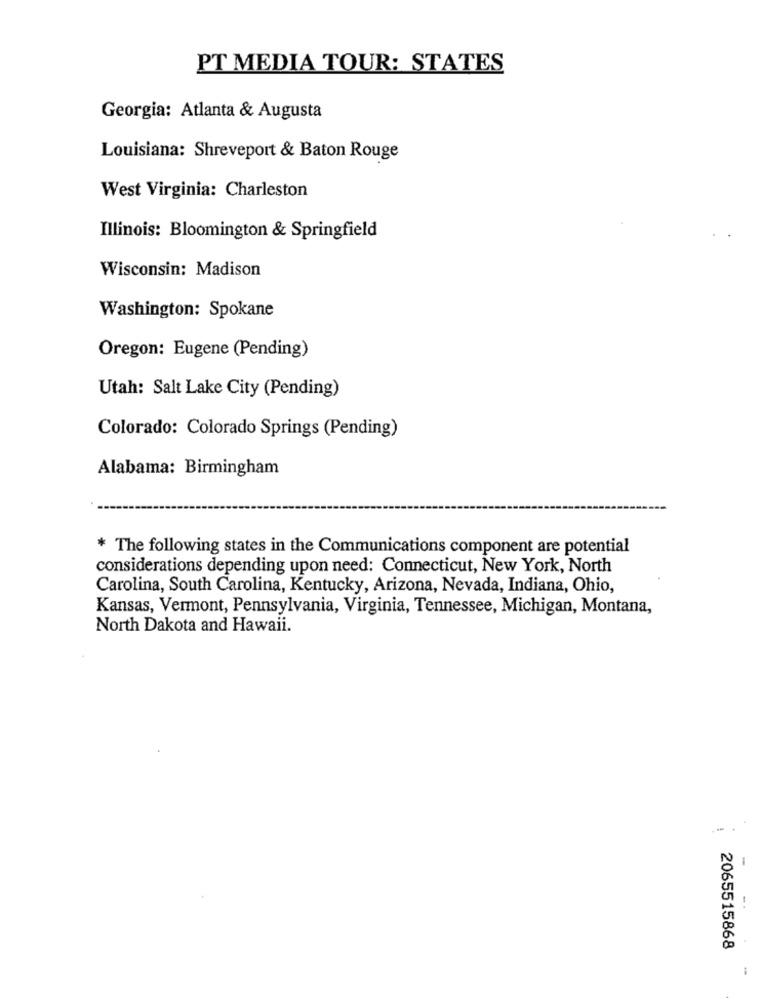
PT MEDIA TOUR: STATES
Georgia: Atlanta & Augusta
Louisiana: Shreveport & Baton Rouge
West Virginia: Charleston
Illinois: Bloomington & Springfield
Wisconsin: Madison
Washington: Spokane
Oregon: Eugene (Pending)
Utah: Salt Lake City (Pending)
Colorado: Colorado Springs (Pending)
Alabama: Birmingham
* The following states in the Communications component are potential
considerations depending upon need: Connecticut, New York, North
Carolina, South Carolina, Kentucky, Arizona, Nevada, Indiana, Ohio,
Kansas, Vermont, Pennsylvania, Virginia, Tennessee, Michigan, Montana,
North Dakota and Hawaii.
-.
2065515868